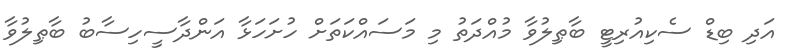
އަދި ބިޑް ސެކިއުރިޓީ ބާޠިލުވާ މުއްދަތު މި މަސައްކަތަށް ހުށަހަޅާ އަންދާސީހިސާބު ބާޠިލުވާ